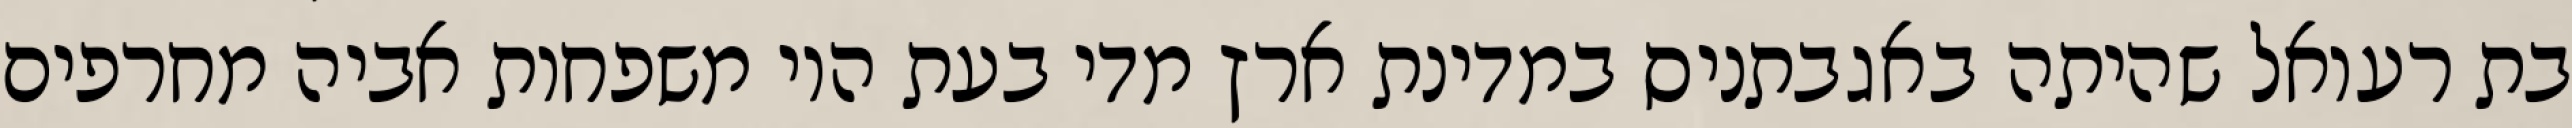
בת רעואל שהיתה באגבתניס במדינת ארץ מדי בעת היו משפחות אביה מחרפים